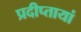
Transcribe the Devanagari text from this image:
प्रदीप्तायां